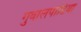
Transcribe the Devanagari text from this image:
गुवालपाडिया